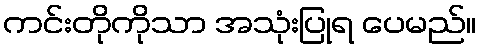
ကင်းတိုကိုသာ အသုံးပြုရ ပေမည်။